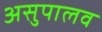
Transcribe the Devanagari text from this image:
असुपालव